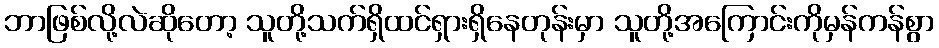
ဘာဖြစ်လို့လဲဆိုတော့ သူတို့သက်ရှိထင်ရှားရှိနေတုန်းမှာ သူတို့အကြောင်းကိုမှန်ကန်စွာ